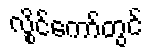
လွိုင်ကော်တွင်